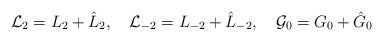
LaTeX: \begin{align*}{\cal L}_{2}=L_{2}+\hat{L}_{2},\quad{\cal L}_{-2}=L_{-2}+\hat{L}_{-2},\quad{\cal G}_{0}=G_{0}+\hat{G}_{0}\end{align*}